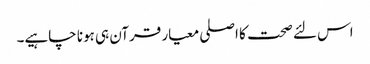
اس لئے صحت کا اصلی معیار قرآن ہی ہونا چاہیے۔